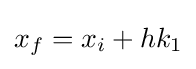
x_{f}=x_{i}+hk_{1}